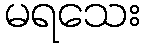
မရသေး